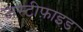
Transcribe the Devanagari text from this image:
जस्टीफ़ाइड